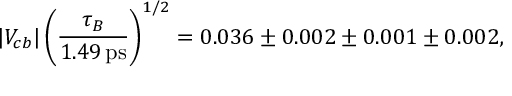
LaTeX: | V _ { c b } | \left( \frac { \tau _ { B } } { 1 . 4 9 \, \mathrm { p s } } \right) ^ { 1 / 2 } = 0 . 0 3 6 \pm 0 . 0 0 2 \pm 0 . 0 0 1 \pm 0 . 0 0 2 ,